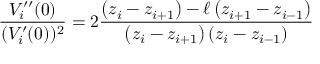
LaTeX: \frac { V _ { i } ^ { \prime \prime } ( 0 ) } { ( V _ { i } ^ { \prime } ( 0 ) ) ^ { 2 } } = 2 \frac { \left( z _ { i } - z _ { i + 1 } \right) - \ell \left( z _ { i + 1 } - z _ { i - 1 } \right) } { \left( z _ { i } - z _ { i + 1 } \right) \left( z _ { i } - z _ { i - 1 } \right) }